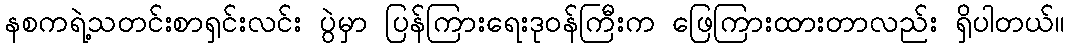
နစကရဲ့သတင်းစာရှင်းလင်း ပွဲမှာ ပြန်ကြားရေးဒုဝန်ကြီးက ဖြေကြားထားတာလည်း ရှိပါတယ်။